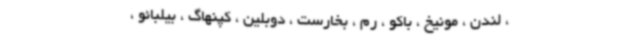
، لندن ، مونیخ ، باکو ، رم ، بخارست ، دوبلین ، کپنهاگ ، بیلبائو ،